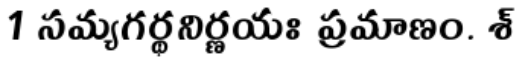
1 సమ్యగర్థనిర్ణయః ప్రమాణం. శ్